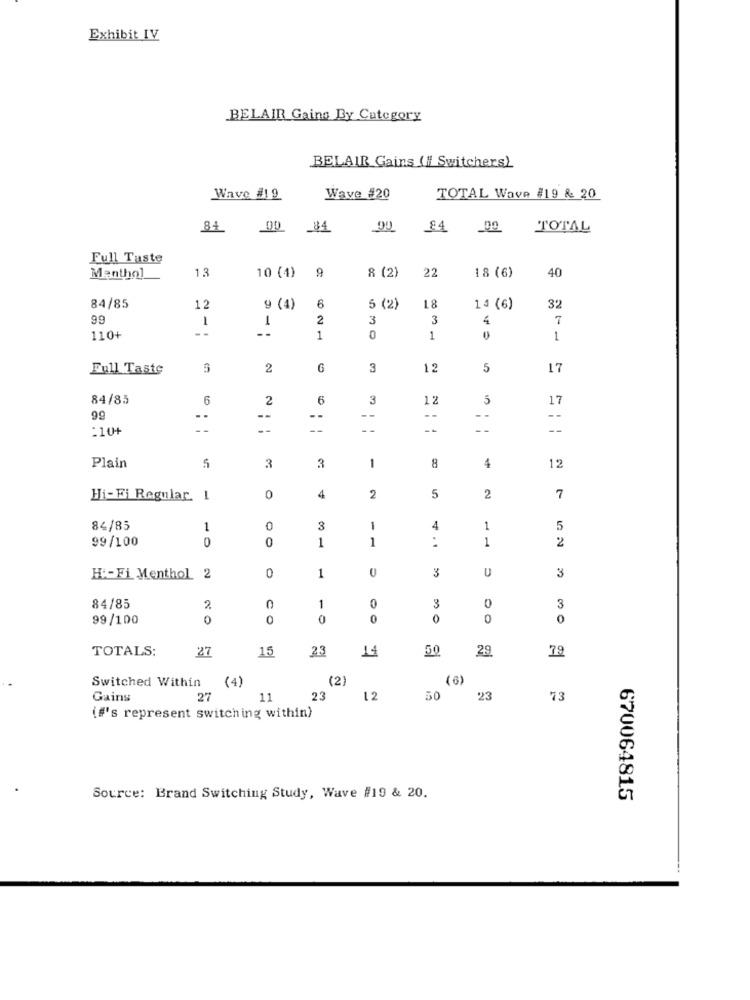
Exhibit IV
BELAIR Gains By Category
BELAIR Gains ( Switchers)
Wave #19
Wave #20
TOTAL Wave #19 & 20
TOTAL
Full Taste
13
8 (2)
40
Menthol
10 (4)
9
22
18 (6)
84/85
12
9 (4)
6
5 (2)
18
1 4 (6)
32
99
1
1
2
3
3
4
7
110+
1
0
1
0
1
Full Taste
2
G
3
12
5
17
84/85
6
2
6
3
12
5
17
99
.
--
- -
--
--
--
:10+
Plain
3
3
1
8
4
12
Hi- Fi Regular. 1
0
4
2
5
2
7
84/85
1
0
3
1
4
1
5
0
0
1
1
..
1
2
99/100
3
U
3
Hi-Fi Menthol
0
1
84/85
2
1
0
0
3
99/100
0
CO
0
0
0
0
0
TOTALS:
27
14
50
79
15
23
29
Switched Within
(4)
(2)
(6)
Gains
27
11
23
12
50
23
73
(f's represent switching within)
Source: Brand Switching Study, Wave #19 & 20.
670064815